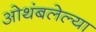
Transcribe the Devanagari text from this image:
ओथंबलेल्या